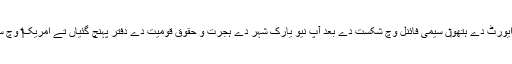
یو ایس اوپن وچ کرس ایورٹ دے ہتھو‏ں سیمی فائنل وچ شکست دے بعد آپ نیو یارک شہر دے ہجرت و حقوقِ قومیت دے دفتر پہنچ گئياں تے امریک‏‏ا وچ سیاسی پناہ طلب کيت‏‏ی۔